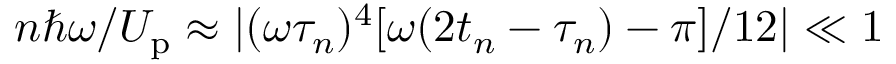
{ n \hbar \omega } / { U _ { \mathrm { p } } } \approx | ( \omega \tau _ { n } ) ^ { 4 } [ \omega ( 2 t _ { n } - \tau _ { n } ) - \pi ] / 1 2 | \ll 1